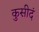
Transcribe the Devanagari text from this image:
कुसीदं